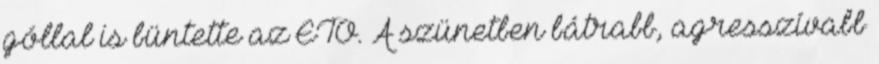
góllal is büntette az ETO. A szünetben bátrabb, agresszívabb